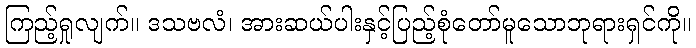
ကြည့်ရှုလျက်။ ဒသဗလံ၊ အားဆယ်ပါးနှင့်ပြည့်စုံတော်မူသောဘုရားရှင်ကို။